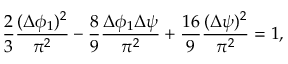
\frac { 2 } { 3 } \frac { ( \Delta \phi _ { 1 } ) ^ { 2 } } { \pi ^ { 2 } } - \frac { 8 } { 9 } \frac { \Delta \phi _ { 1 } \Delta \psi } { \pi ^ { 2 } } + \frac { 1 6 } { 9 } \frac { ( \Delta \psi ) ^ { 2 } } { \pi ^ { 2 } } = 1 ,